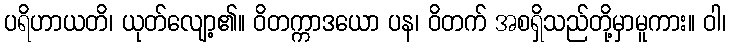
ပရိဟာယတိ၊ ယုတ်လျော့၏။ ဝိတက္ကာဒယော ပန၊ ဝိတက် အစရှိသည်တို့မှာမူကား။ ဝါ၊